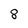
Character: 8